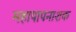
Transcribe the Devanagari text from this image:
महापापनाशक